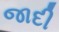
જાદી